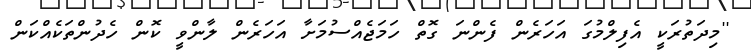
''މިދަތުރަކީ އެފިލްމުގަ އަހަރެން ފެންނަ ގޮތް ހަމަޖެއްސުމަށާ އަހަރެން ލާންވީ ކޮން ހެދުންތަކެއްކަން